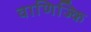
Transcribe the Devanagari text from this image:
वाणिज्कि